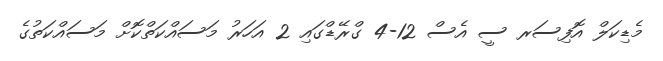
މެޑިކަލް އޮފިސަރ ސީ އެސް 12-4 ގްރޭޑްގައި 2 އަހަރު މަސައްކަތްކޮށް މަސައްކަތުގެ